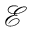
\mathcal { E }